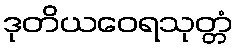
ဒုတိယဝေရသုတ္တံ